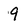
Character: 9